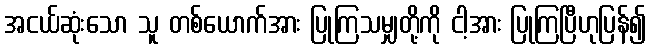
အငယ်ဆုံးသော သူ တစ်ယောက်အား ပြုကြသမျှတို့ကို ငါ့အား ပြုကြပြီဟုပြန်၍